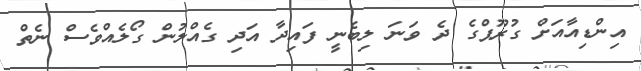
އިންޑިއާއަށް ގުރޫޕްގެ ދެ ވަނަ ލިބެނީ ފައިދާ އަދި ގެއްލުން ގޯލެއްވެސް ނެތް